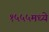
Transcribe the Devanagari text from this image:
१५५५मध्ये